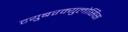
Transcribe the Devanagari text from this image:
टयुबरक्युलोसिस